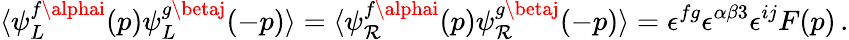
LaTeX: \langle\psi_{L}^{f\alphai}(p)\psi_{L}^{g\betaj}(-p)\rangle=\langle\psi_{\mathcal{R}}^{f\alphai}(p)\psi_{\mathcal{R}}^{g\betaj}(-p)\rangle=\epsilon^{fg}\epsilon^{\alpha\beta3}\epsilon^{ij}F(p)\, .